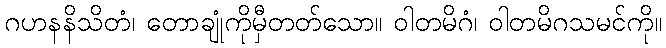
ဂဟနနိသိတံ၊ တောချုံကိုမှီတတ်သော။ ဝါတမိဂံ၊ ဝါတမိဂသမင်ကို။